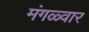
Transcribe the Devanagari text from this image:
मंगळ्वार